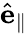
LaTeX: \hat{\mathbf{e}}_{\parallel}